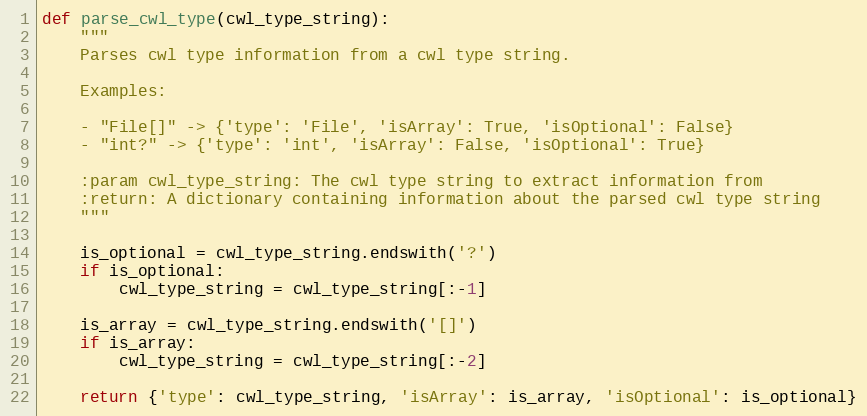
Language: Python
def parse_cwl_type(cwl_type_string):
    """
    Parses cwl type information from a cwl type string.

    Examples:

    - "File[]" -> {'type': 'File', 'isArray': True, 'isOptional': False}
    - "int?" -> {'type': 'int', 'isArray': False, 'isOptional': True}

    :param cwl_type_string: The cwl type string to extract information from
    :return: A dictionary containing information about the parsed cwl type string
    """

    is_optional = cwl_type_string.endswith('?')
    if is_optional:
        cwl_type_string = cwl_type_string[:-1]

    is_array = cwl_type_string.endswith('[]')
    if is_array:
        cwl_type_string = cwl_type_string[:-2]

    return {'type': cwl_type_string, 'isArray': is_array, 'isOptional': is_optional}